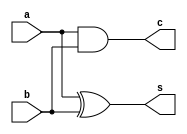
`timescale 1ns / 1ps
//////////////////////////////////////////////////////////////////////////////////
// Company: 
// Engineer: 
// 
// Design Name: 
// Module Name:    halfadder 
// Project Name: 
// Target Devices: 
// Tool versions: 
// Description: 
//
// Dependencies: 
//
// Revision: 
// Revision 0.01 - File Created
// Additional Comments: 
//
//////////////////////////////////////////////////////////////////////////////////
module halfadder(a, b, s, c);
	input  a;
	input  b;
	output s;
	output c;
	
	assign s = a ^ b;
	assign c = a & b;
endmodule